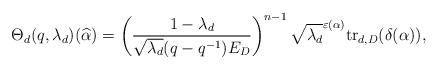
LaTeX: \begin{align*}\Theta_d(q,\lambda_d)(\widehat{\alpha}) = \left( \frac{1-\lambda_d}{\sqrt{\lambda_d}(q-q^{-1})E_D} \right)^{n-1}\sqrt{\lambda_d}^{\varepsilon(\alpha)}{\rm tr}_{d,D}(\delta(\alpha)),\end{align*}